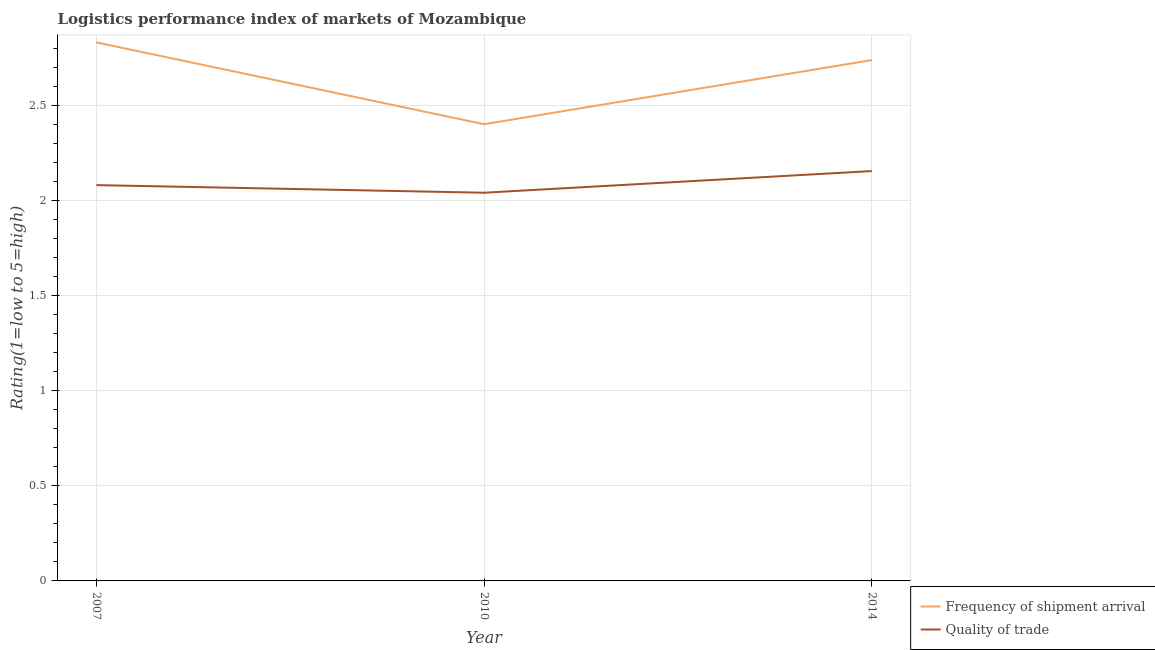
| Year | Frequency of shipment arrival | Quality of trade |
 | --- | --- | --- |
 | 2007 | 2.83 | 2.08 |
 | 2010 | 2.4 | 2.04 |
 | 2014 | 2.74 | 2.15 |